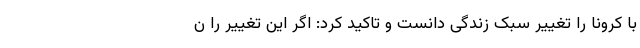
با کرونا را تغییر سبک زندگی دانست و تاکید کرد: اگر این تغییر را ن